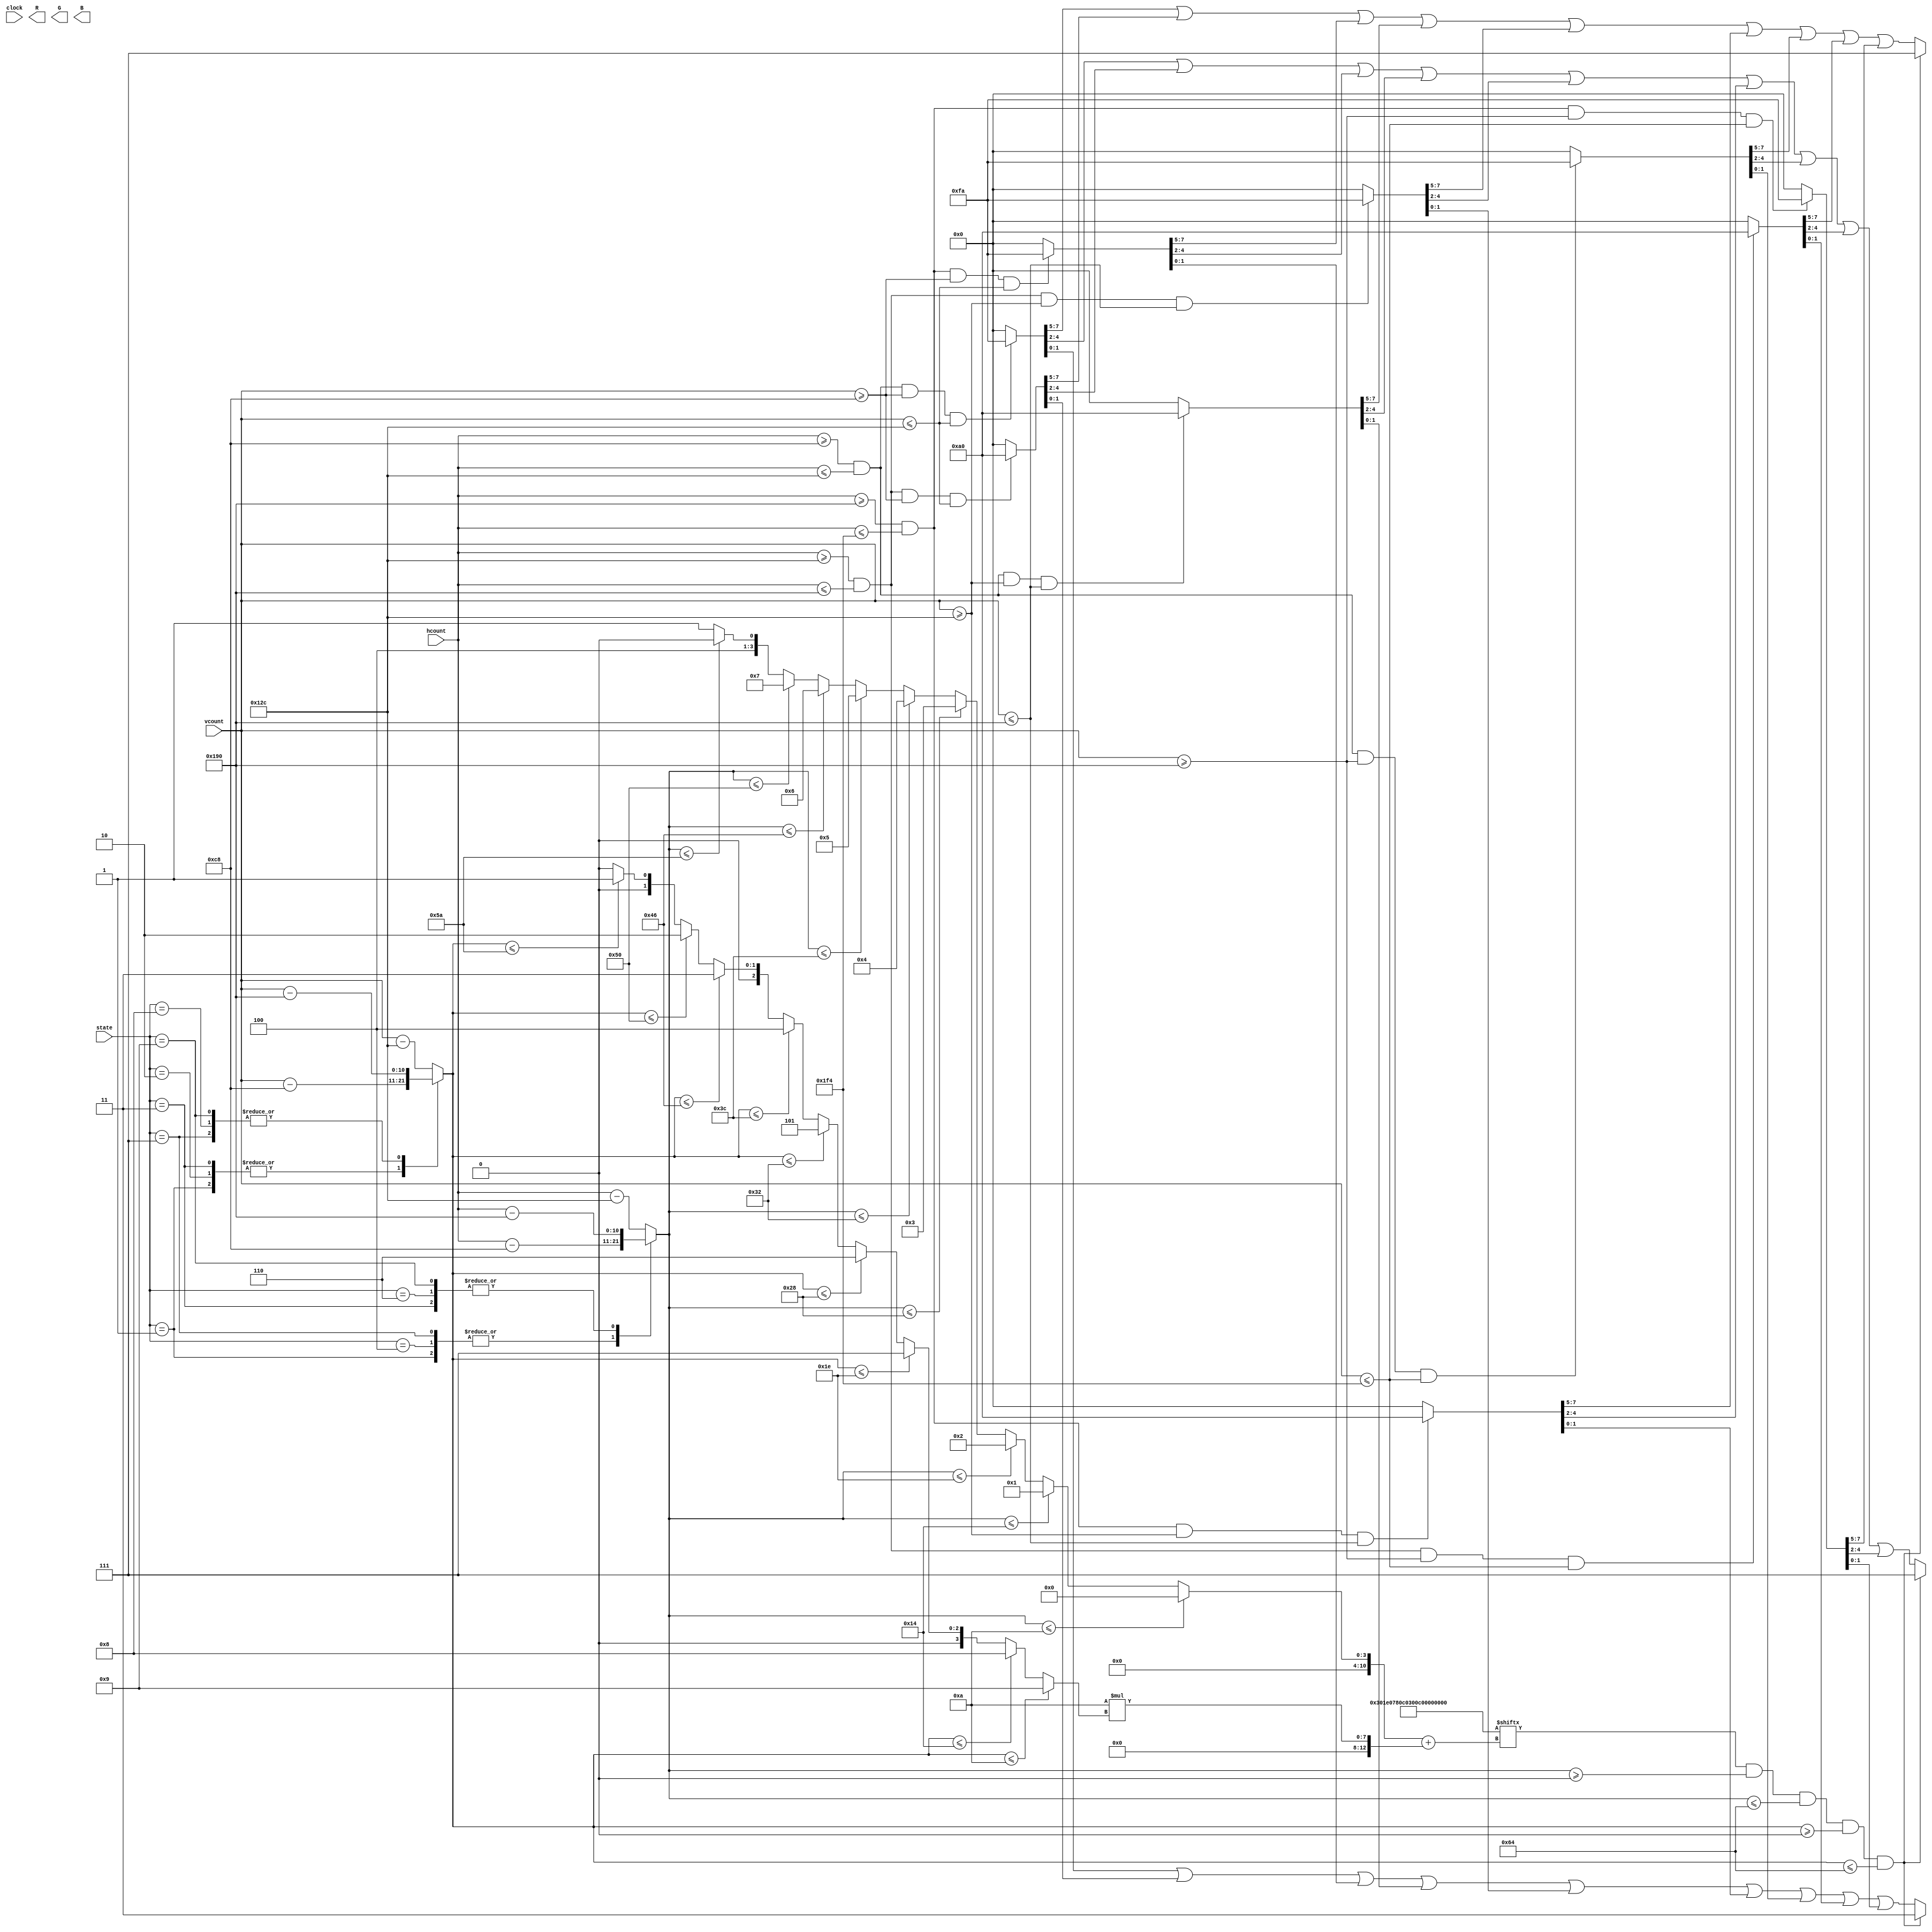
module chess_display(state, clock, hcount, vcount, R, G, B);

input [3:0]     state;  // state des Schachfeldes
input [10:0] 	hcount; // aus vga-modul
input [9:0]  	vcount; // aus vga-modul
input clock;

output reg [9:0]   R, G, B; // RGB-werte


////// ARTWORK ////// Farben aus : https://github.com/alexallsup/Chess-FPGA ///////////////////


parameter RGB_OUTSIDE = 8'b000_000_00;  // outside the drawn board
parameter RGB_DARK_SQ = 8'b101_000_00;  // color of the dark squares
parameter RGB_LIGHT_SQ = 8'b111_110_10; // color of the light squares
parameter RGB_BLACK_PIECE = 8'b001_001_01; // color of the black player's pieces
parameter RGB_WHITE_PIECE = 8'b111_111_11; // color of the white player's pieces

reg [99:0] queenArt = {100'b0000000000_0000110000_0001111000_0001111000_0000110000_0000110000_0000110000_0011111100_0111111110_0000000000};


////////// Felder ///////////////////////////////////////////////

wire [7:0] SQ_1 = (hcount>=200 && hcount<=300 && vcount>=200 && vcount<=300) ? RGB_LIGHT_SQ: RGB_OUTSIDE; 
wire [7:0] SQ_2 = (hcount>=300 && hcount<=400 && vcount>=200 && vcount<=300) ? RGB_DARK_SQ: RGB_OUTSIDE; 
wire [7:0] SQ_3 = (hcount>=400 && hcount<=500 && vcount>=200 && vcount<=300) ? RGB_LIGHT_SQ: RGB_OUTSIDE; 
wire [7:0] SQ_4 = (hcount>=200 && hcount<=300 && vcount>=300 && vcount<=400) ? RGB_DARK_SQ: RGB_OUTSIDE; 
wire [7:0] SQ_5 = (hcount>=300 && hcount<=400 && vcount>=300 && vcount<=400) ? RGB_LIGHT_SQ: RGB_OUTSIDE; 
wire [7:0] SQ_6 = (hcount>=400 && hcount<=500 && vcount>=300 && vcount<=400) ? RGB_DARK_SQ: RGB_OUTSIDE; 
wire [7:0] SQ_7 = (hcount>=200 && hcount<=300 && vcount>=400 && vcount<=500) ? RGB_LIGHT_SQ: RGB_OUTSIDE; 
wire [7:0] SQ_8 = (hcount>=300 && hcount<=400 && vcount>=400 && vcount<=500) ? RGB_DARK_SQ: RGB_OUTSIDE; 
wire [7:0] SQ_9 = (hcount>=400 && hcount<=500 && vcount>=400 && vcount<=500) ? RGB_LIGHT_SQ: RGB_OUTSIDE;


///////// Koordinaten regs ///////////////////////////////////

reg [10:0] x_square, y_square, x_art, y_art;
reg [12:0] xy_art;


///////// Drawing ////////////////////////////////////////////

always @(clock) begin

	// Felder
	R [9:7] <= SQ_1 [7:5] |  SQ_2 [7:5] |  SQ_3 [7:5] |  SQ_4 [7:5] |  SQ_5 [7:5] |  SQ_6 [7:5] |  SQ_7 [7:5] |  SQ_8 [7:5] |  SQ_9 [7:5];
	G [9:7] <= SQ_1 [4:2] |  SQ_2 [4:2] |  SQ_3 [4:2] |  SQ_4 [4:2] |  SQ_5 [4:2] |  SQ_6 [4:2] |  SQ_7 [4:2] |  SQ_8 [4:2] |  SQ_9 [4:2];
	B [9:8] <= SQ_1 [1:0] |  SQ_2 [1:0] |  SQ_3 [1:0] |  SQ_4 [1:0] |  SQ_5 [1:0] |  SQ_6 [1:0] |  SQ_7 [1:0] |  SQ_8 [1:0] |  SQ_9 [1:0];

	//Evaluieren des state
	case (state)
		
		4'b0001: //Feld 1
			begin
			x_square <= hcount - 200;
			y_square <= vcount - 200;
			end
      4'b0010: //Feld 2
		  begin
			x_square <= hcount - 300;
			y_square <= vcount - 200;
			end
			
      4'b0011: //Feld 3
			begin
			x_square <= hcount - 400;
			y_square <= vcount - 200;
			end
			
			4'b0100: //Feld 4
			begin
			x_square <= hcount - 200;
			y_square <= vcount - 300;
			end   
			
      4'b0101: //Feld 5
			begin
			x_square <= hcount - 300;
			y_square <= vcount - 300;
			end
			
      4'b0110: //Feld 6
			begin
			x_square <= hcount - 400;
			y_square <= vcount - 300;
			end
			
		4'b0111: //Feld 7
			begin
			x_square <= hcount - 200;
			y_square <= vcount - 400;
			end
			
      4'b1000: //Feld 8
			begin
			x_square <= hcount - 300;
			y_square <= vcount - 400;
			end
			
      4'b1001: //Feld 9
			begin
			x_square <= hcount - 400;
			y_square <= vcount - 400;
			end
			
		default:
			begin
			x_square <= hcount - 300;
			y_square <= vcount - 300;
			end
			
		endcase

	// Hochskalieren der Figur in x
	if 	  (x_square <= 10) x_art <= 0;
	else if (x_square <= 20) x_art <= 1;
	else if (x_square <= 30) x_art <= 2;
	else if (x_square <= 40) x_art <= 3;
	else if (x_square <= 50) x_art <= 4;
	else if (x_square <= 60) x_art <= 5;
	else if (x_square <= 70) x_art <= 6;
	else if (x_square <= 80) x_art <= 7;
	else if (x_square <= 90) x_art <= 8;
	else 				          x_art <= 9;	

	// Hochskalieren der Figur in y
	if 	  (y_square <= 10) y_art <= 9;
	else if (y_square <= 20) y_art <= 8;
	else if (y_square <= 30) y_art <= 7;
	else if (y_square <= 40) y_art <= 6;
	else if (y_square <= 50) y_art <= 5;
	else if (y_square <= 60) y_art <= 4;
	else if (y_square <= 70) y_art <= 3;
	else if (y_square <= 80) y_art <= 2;
	else if (y_square <= 90) y_art <= 1;
	else 				          y_art <= 0;
	
	xy_art = x_art + 10*y_art;
	
	// berschreiben des Feldes mit Figur
	if (queenArt [xy_art] && x_square>=0 && x_square<=100 && y_square>=0 && y_square<=100) begin
		R [9:7] <= RGB_WHITE_PIECE [7:5];
		G [9:7] <= RGB_WHITE_PIECE [4:2];
		B [9:8] <= RGB_WHITE_PIECE [1:0];
	end
	
end

endmodule